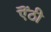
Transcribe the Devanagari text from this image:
ऎंठी